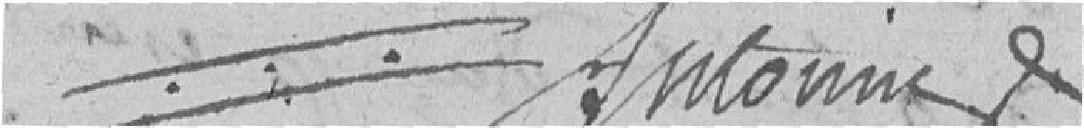
Antoine